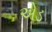
એડ